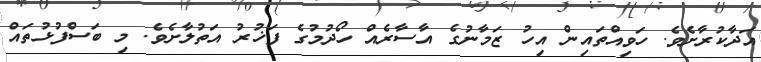
އަދާކުރާށެވެ. ހަވިއްތައިން އިހު ޒަމާނުގެ އާސާރެއް ހޯދުމުގެ ފަޚުރު އަތުލާށެވެ. މި ބަސްފުޅުތައް